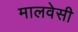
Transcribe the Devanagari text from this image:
मालवेसी